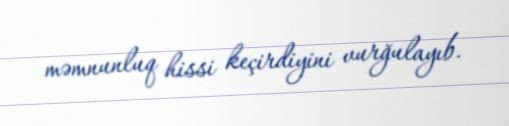
məmnunluq hissi keçirdiyini vurğulayıb.